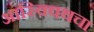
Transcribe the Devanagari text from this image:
आस्क्विथचा